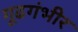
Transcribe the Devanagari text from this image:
गूढगंभीर